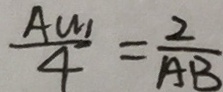
\frac { A W _ { 1 } } { 4 } = \frac { 2 } { A B }